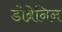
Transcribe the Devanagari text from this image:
डोब्रेनिन